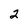
Character: 2